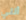
أنني